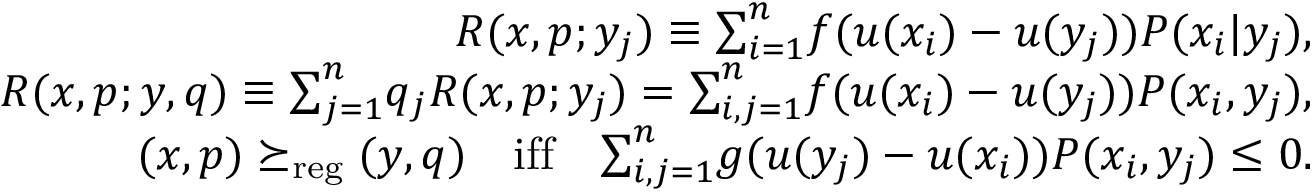
\begin{array} { r l r } & { } & { R ( x , p ; y _ { j } ) \equiv { \sum } _ { i = 1 } ^ { n } f ( u ( x _ { i } ) - u ( y _ { j } ) ) P ( x _ { i } | y _ { j } ) , } \\ & { } & { R ( x , p ; y , q ) \equiv { \sum } _ { j = 1 } ^ { n } q _ { j } R ( x , p ; y _ { j } ) = { \sum } _ { i , j = 1 } ^ { n } f ( u ( x _ { i } ) - u ( y _ { j } ) ) P ( x _ { i } , y _ { j } ) , } \\ & { } & { ( x , p ) \succeq _ { \mathrm { r e g } } ( y , q ) \quad \mathrm { i f f } \quad { \sum } _ { i , j = 1 } ^ { n } g ( u ( y _ { j } ) - u ( x _ { i } ) ) P ( x _ { i } , y _ { j } ) \leq 0 . } \end{array}